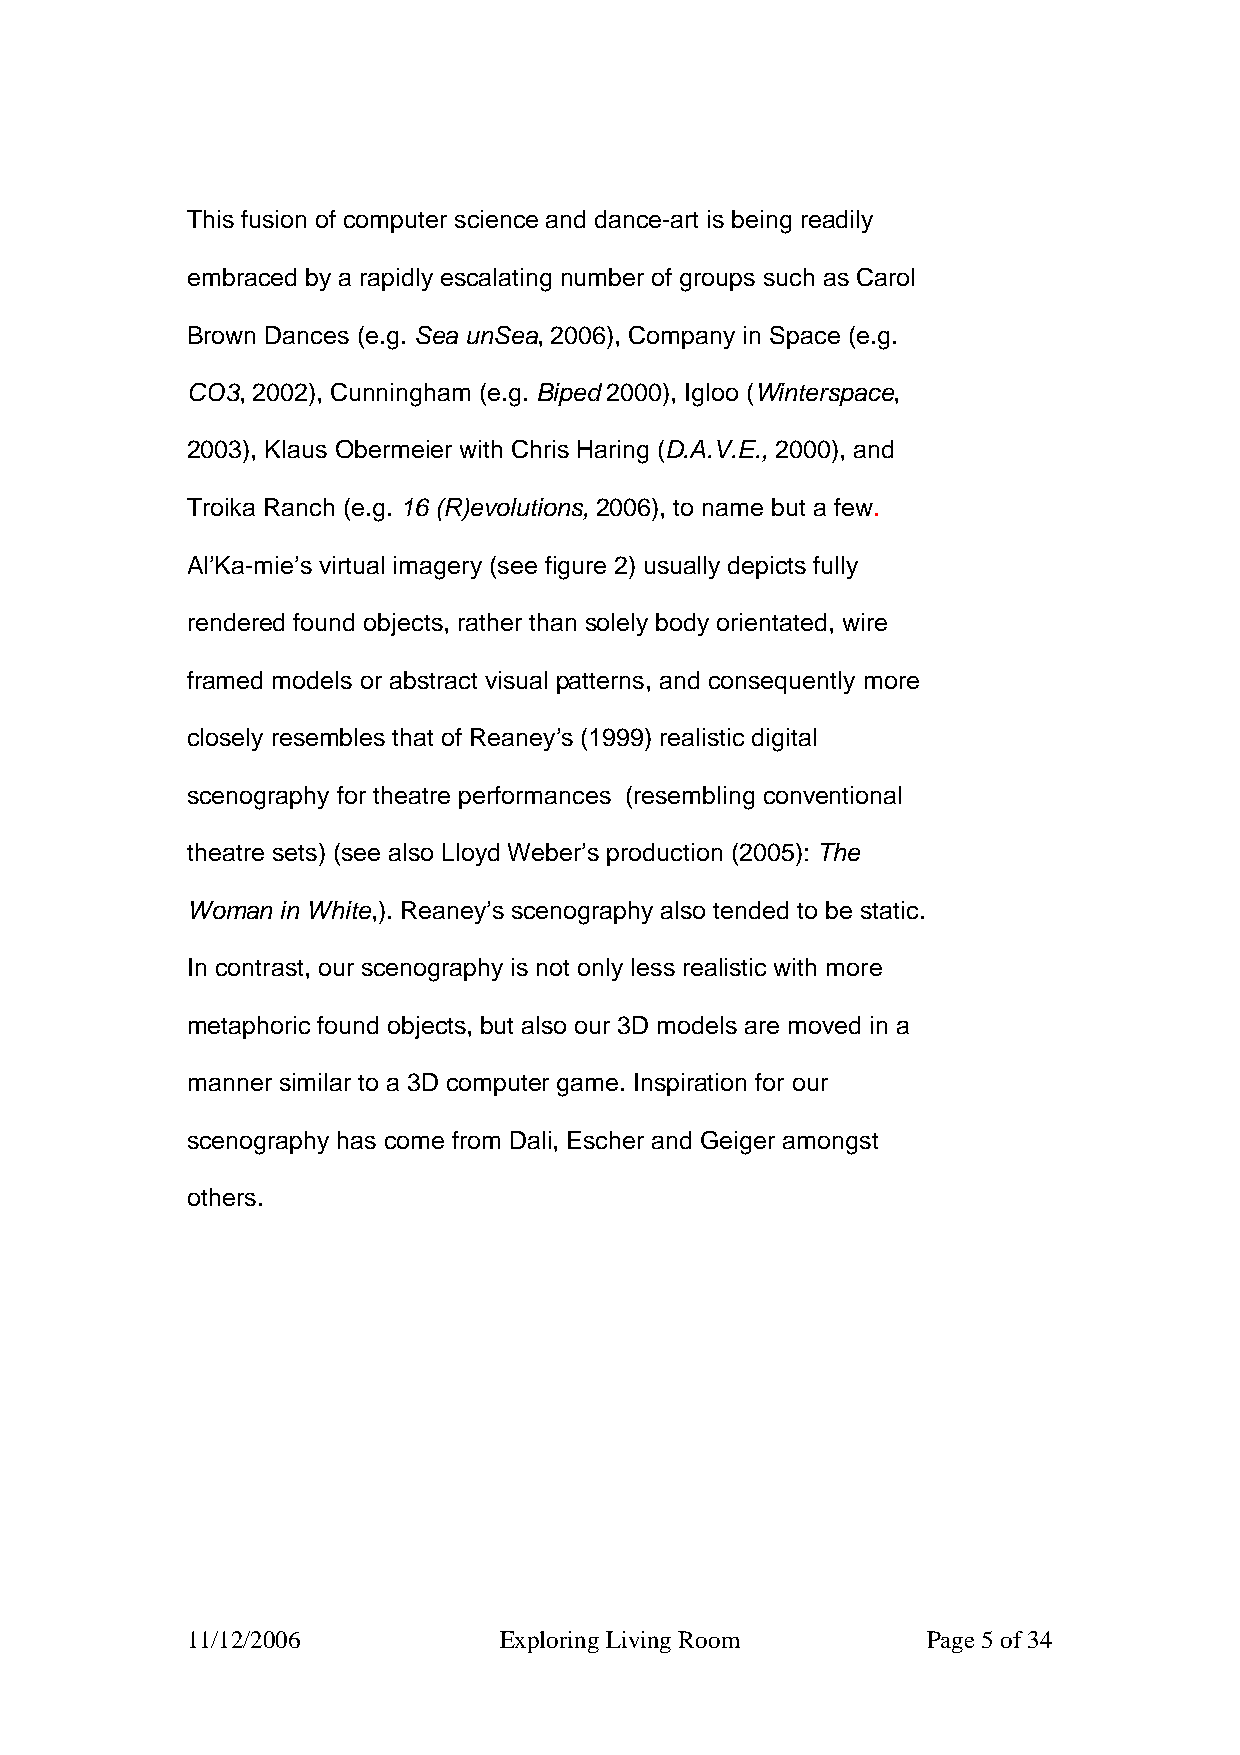
This fusion of computer science and dance-art is being readily
 embraced by a rapidly escalating number of groups such as Carol
 Brown Dances (e.g. Sea unSea, 2006), Company in Space (e.g.
 CO3, 2002), Cunningham (e.g. Biped 2000), Igloo (Winterspace,
 2003), Klaus Obermeier with Chris Haring (D.A.V.E., 2000), and
 Troika Ranch (e.g. 16 (R)evolutions, 2006), to name but a few.
 Al’Ka-mie’s virtual imagery (see figure 2) usually depicts fully
 rendered found objects, rather than solely body orientated, wire
 framed models or abstract visual patterns, and consequently more
 closely resembles that of Reaney’s (1999) realistic digital
 scenography for theatre performances (resembling conventional
 theatre sets) (see also Lloyd Weber’s production (2005): The
 Woman  in White,). Reaney’s scenography also tended to be static.
 In contrast, our scenography is not only less realistic with more
 metaphoric found objects, but also our 3D models are moved in a
 manner similar to a 3D computer game. Inspiration for our
 scenography has come from Dali, Escher and Geiger amongst
 others.
 11/12/2006           Exploring Living Room       Page 5 of 34